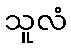
သူလံ